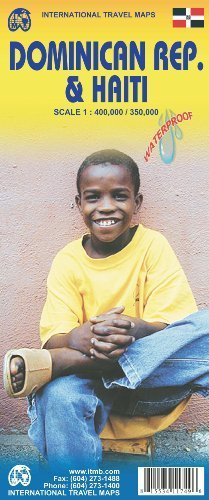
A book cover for by ITM Canada Dominican Republic 1:400,000 & Haiti 1:350,000 Travel Map (International Travel Maps) (2011) Map; Travel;